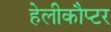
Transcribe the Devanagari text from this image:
हेलीकौप्टर